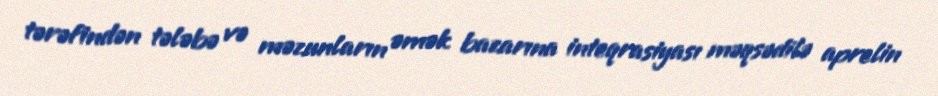
tərəfindən tələbə və məzunların əmək bazarına inteqrasiyası məqsədilə aprelin